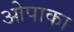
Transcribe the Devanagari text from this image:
ओपाका